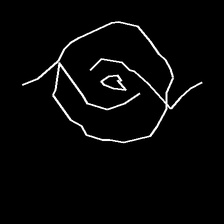
Glyph: repetition